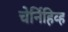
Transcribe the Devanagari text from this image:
चेर्निहिव्ह